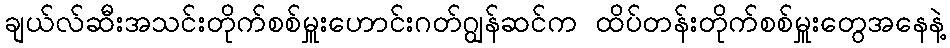
ချယ်လ်ဆီးအသင်းတိုက်စစ်မှူးဟောင်းဂတ်ဂျွန်ဆင်က ထိပ်တန်းတိုက်စစ်မှူးတွေအနေနဲ့